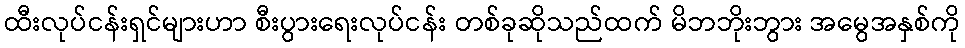
ထီးလုပ်ငန်းရှင်များဟာ စီးပွားရေးလုပ်ငန်း တစ်ခုဆိုသည်ထက် မိဘဘိုးဘွား အမွေအနှစ်ကို